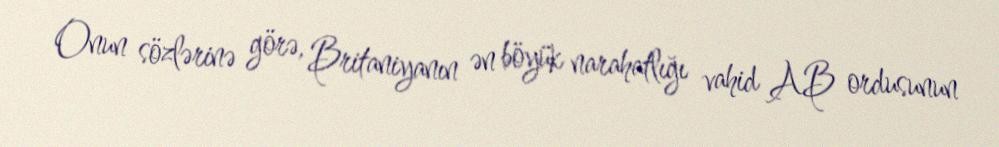
Onun sözlərinə görə, Britaniyanın ən böyük narahatlığı vahid AB ordusunun